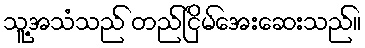
သူ့အသံသည် တည်ငြိမ်အေးဆေးသည်။